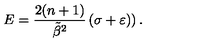
E = \frac { 2 ( n + 1 ) } { \tilde { \beta } ^ { 2 } } \left( \sigma + \varepsilon ) \right) .